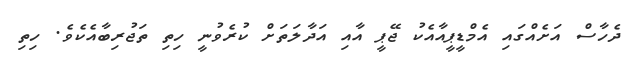
ދެހާސް އަށެއްގައި އެމްޑީޕީއާއެކު ޖޭޕީ އާއި އަދާލަތަށް ކުރެވުނީ ހިތި ތަޖުރިބާއެކެވެ. ހިތި